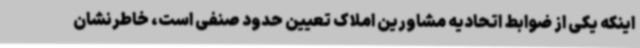
اینکه یکی از ضوابط اتحادیه مشاورین املاک تعیین حدود صنفی است، خاطرنشان